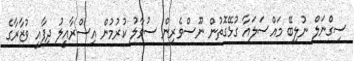
ސިގްނަލް ނުލިބޭ މައްސަލައާ ގުޅޭގޮތުން ނޫސްވެރިން ސުވާލު ކުރުމުން އިސްރާއީލު ދިފާއީ ވުޒާރާގެ